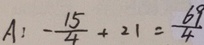
A : - \frac { 1 5 } { 4 } + 2 1 = \frac { 6 9 } { 4 }